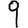
Digit: 9